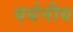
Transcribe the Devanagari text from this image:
वर्धनीय